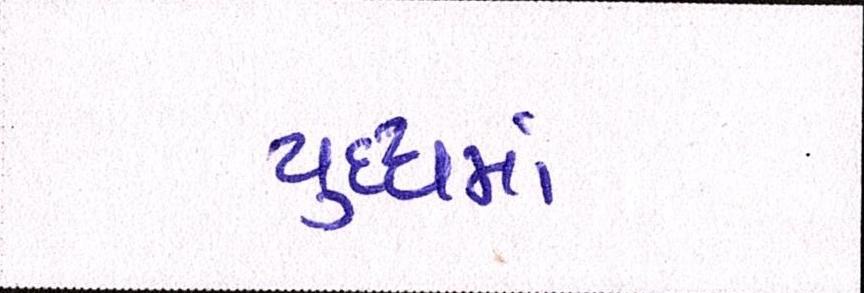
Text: યુધ્ધમાં